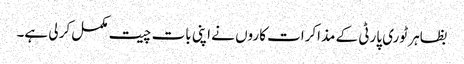
بظاہر ٹوری پارٹی کے مذاکرات کاروں نے اپنی بات چیت مکمل کر لی ہے۔